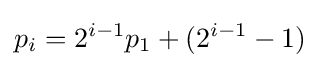
p_{i}=2^{i-1}p_{1}+(2^{i-1}-1)